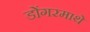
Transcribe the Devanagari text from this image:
डोंगरमाथे